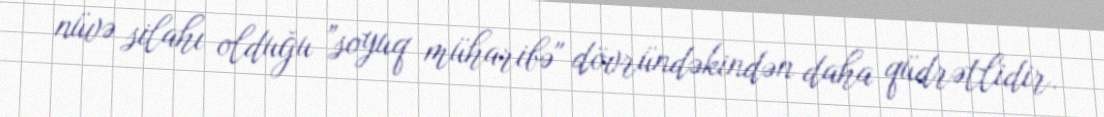
nüvə silahı olduğu ”soyuq müharibə" dövründəkindən daha qüdrətlidir.